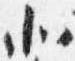
北